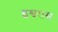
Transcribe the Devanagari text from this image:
इश्वरास